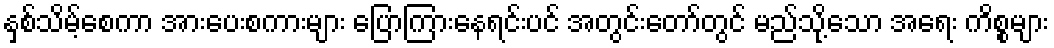
နှစ်သိမ့်စေကာ အားပေးစကားများ ပြောကြားနေရင်းပင် အတွင်းတော်တွင် မည်သို့သော အရေး ကိစ္စများ